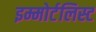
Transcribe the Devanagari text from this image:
इम्मोर्टलिस्ट